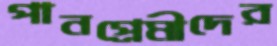
পানপ্রেমীদের